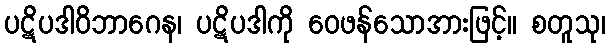
ပဋိပဒါဝိဘာဂေန၊ ပဋိပဒါကို ဝေဖန်သောအားဖြင့်။ စတူသု၊